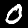
Label: 0